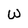
Character: w